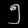
Digit: ၅